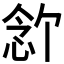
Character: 𪫶